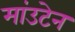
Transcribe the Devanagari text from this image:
मांउटेन